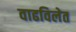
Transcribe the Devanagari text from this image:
वाढविलेत